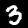
Digit: 3